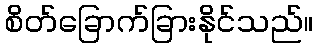
စိတ်ခြောက်ခြားနိုင်သည်။